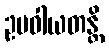
ဥပဝါယတန္တိ